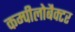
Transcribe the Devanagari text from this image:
कम्पीलोबैक्टर